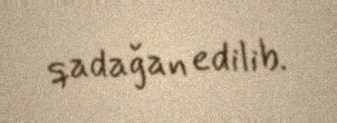
qadağan edilib.